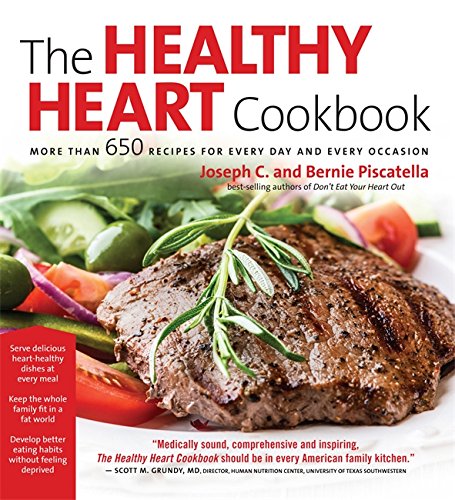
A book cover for Healthy Heart Cookbook: Over 650 Recipes for Every Day and Every Occassion; Joseph C. Piscatella; Cookbooks, Food & Wine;